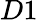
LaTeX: D1